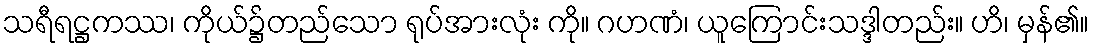
သရီရဋ္ဌကဿ၊ ကိုယ်၌တည်သော ရုပ်အားလုံး ကို။ ဂဟဏံ၊ ယူကြောင်းသဒ္ဒါတည်း။ ဟိ၊ မှန်၏။